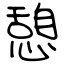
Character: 憩